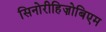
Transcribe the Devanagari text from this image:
सिनोरीहिज़ोबिएम